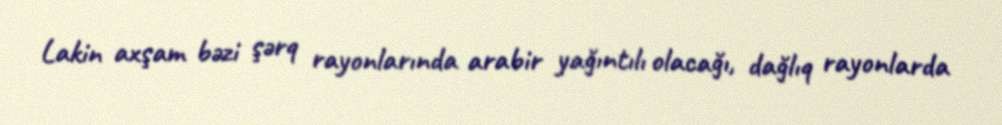
Lakin axşam bəzi şərq rayonlarında arabir yağıntılı olacağı, dağlıq rayonlarda